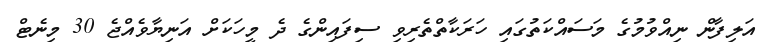
އަލިފާން ނިއްވުމުގެ މަސައްކަތުގައި ހަރަކާތްތެރިވި ސިފައިންގެ ދެ މީހަކަށް އަނިޔާވެއްޖެ 30 މިނެޓް